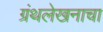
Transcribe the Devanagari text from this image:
ग्रंथलेखनाचा